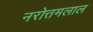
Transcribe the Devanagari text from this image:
नरोत्तमलाल